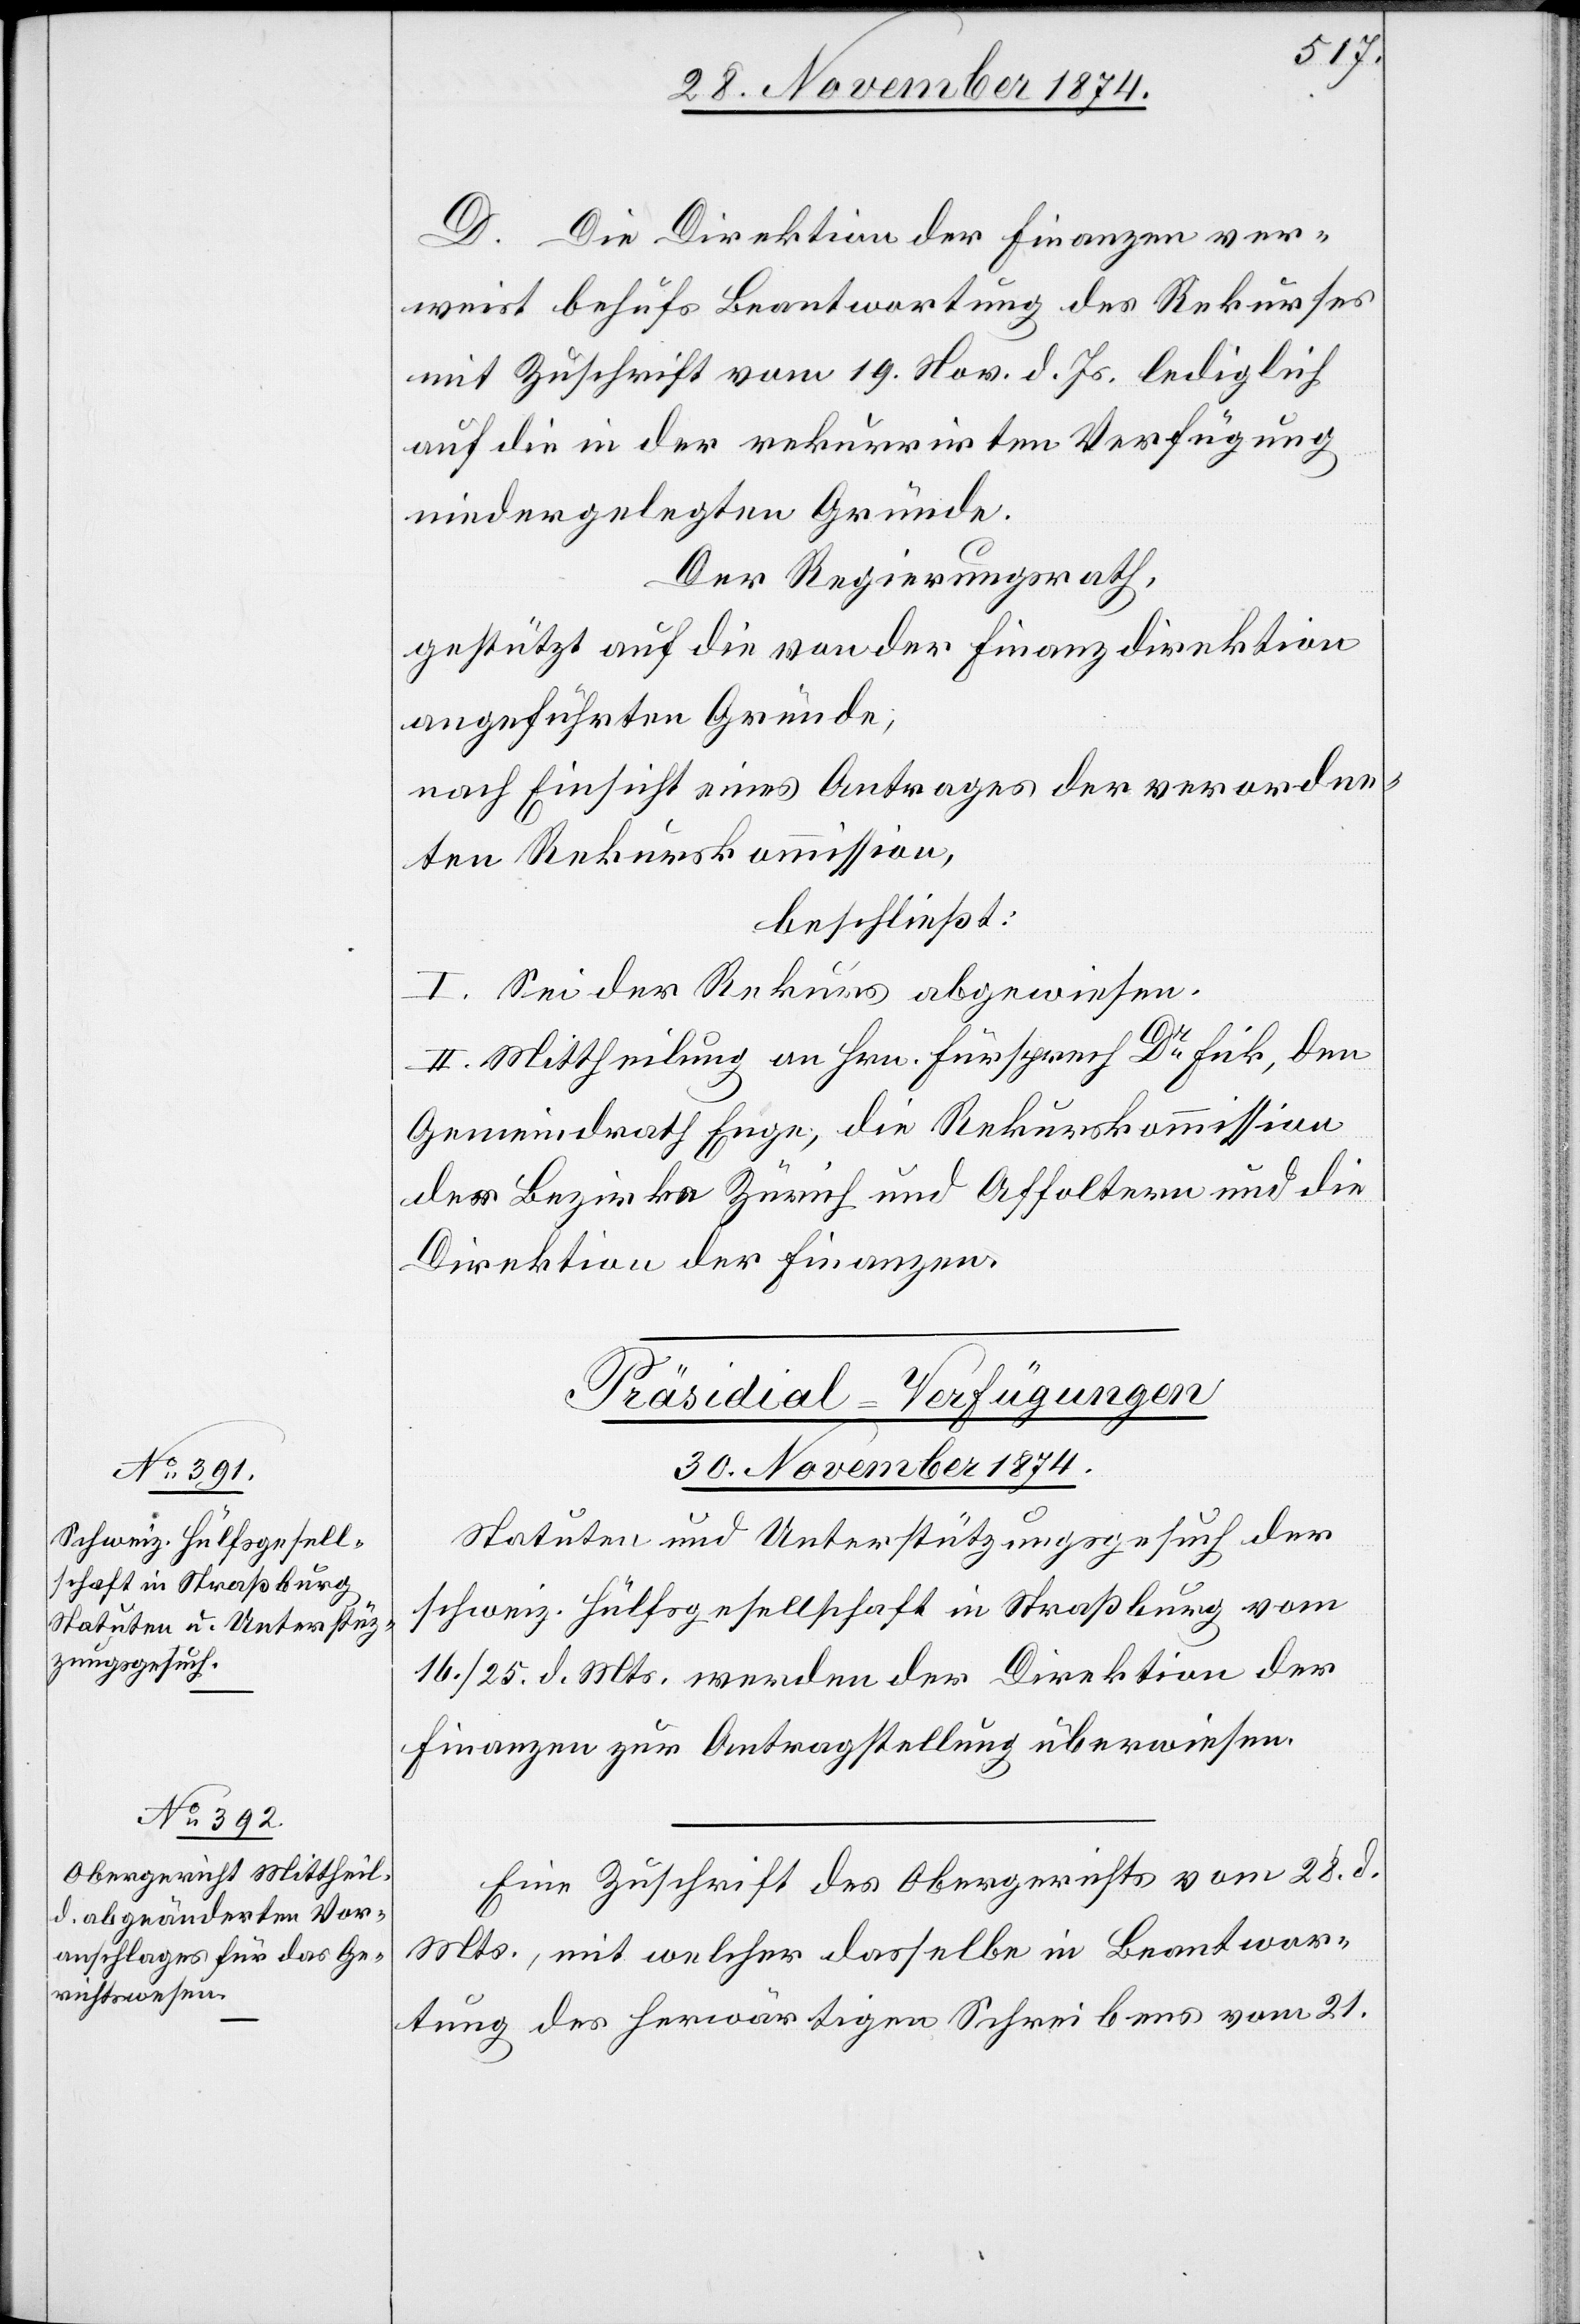
D. Die Direktion der Finanzen ver¬
weist behufs Beantwortung des Rekurses
mit Zuschrift vom 19. Nov. d. Js. lediglich
auf die in der rekurrirten Verfügung
niedergelegten Gründe.
Der Regierungsrath,
gestützt auf die von der Finanzdirektion
angeführten Gründe,
nach Einsicht eines Antrages der verordne¬
ten Rekurskommission,
beschließt:
I. Sei der Rekurs abgewiesen.
II. Mittheilung an Hrn. Fürsprech Dr Fick, den
Gemeindrath Enge, die Rekurskommission
der Bezirke Zürich und Affoltern und der
Direktion der Finanzen.
[Präsidial-Verfügungen
30. November 1874.]
Statuten und Unterstützungsgesuch der
schweiz. Hülfsgesellschaft in Straßburg vom
16./25. d. Mts. werden der Direktion der
Finanzen zur Antragstellung überwiesen.
Eine Zuschrift des Obergerichtes vom 28. d.
Mts., mit welcher dasselbe in Beantwor¬
tung des herwärtigen Schreibens vom 21.